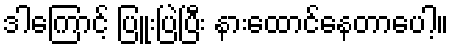
ဒါကြောင့် ပြူးပြဲပြီး နားထောင်နေတာပေါ့။